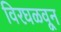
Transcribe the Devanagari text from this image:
विरघळवून